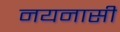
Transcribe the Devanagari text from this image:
नयनासी